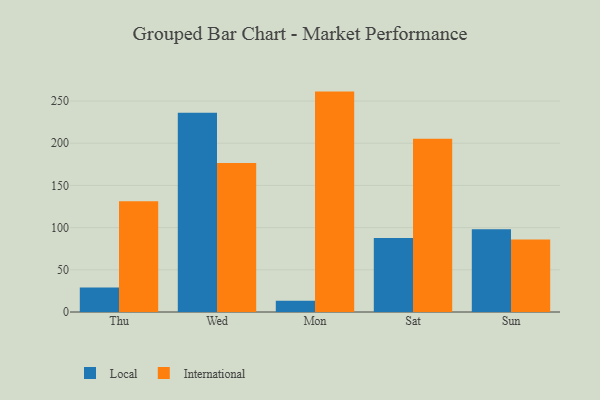
{"axis": {"x": "Day", "y": "Population (Million)"}, "legend": ["International", "Local"], "data": [{"x": "Thu", "y": 28.9, "type": "Local"}, {"x": "Thu", "y": 131.2, "type": "International"}, {"x": "Wed", "y": 236.0, "type": "Local"}, {"x": "Wed", "y": 176.7, "type": "International"}, {"x": "Mon", "y": 13.2, "type": "Local"}, {"x": "Mon", "y": 261.2, "type": "International"}, {"x": "Sat", "y": 87.6, "type": "Local"}, {"x": "Sat", "y": 205.3, "type": "International"}, {"x": "Sun", "y": 98.1, "type": "Local"}, {"x": "Sun", "y": 85.9, "type": "International"}]}